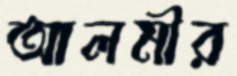
আলমীর